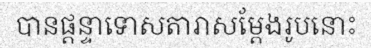
បានផ្តន្ទាទោសតារាសម្តែងរូបនោះ